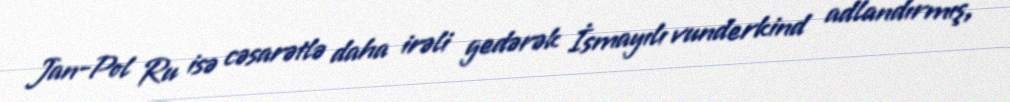
Jan-Pol Ru isə cəsarətlə daha irəli gedərək İsmayılı vunderkind adlandırmış,